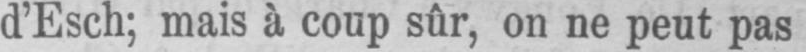
d’Esch; mais à coup sûr, on ne peut pas